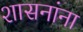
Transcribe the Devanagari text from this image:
शासनांना